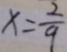
x = \frac { 2 } { 9 }